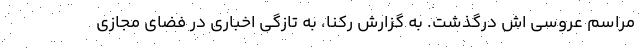
مراسم عروسی اش درگذشت. به گزارش رکنا، به تازگی اخباری در فضای مجازی